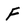
Character: F